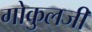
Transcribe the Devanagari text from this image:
गोकुलजी